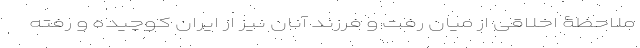
ملاحظۀ اخلاقی از میان رفت و فرزند آنان نیز از ایران کوچیده و رفته